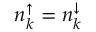
n _ { k } ^ { \uparrow } = n _ { k } ^ { \downarrow }